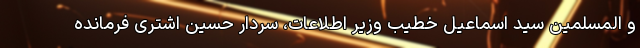
و المسلمین سید اسماعیل خطیب وزیر اطلاعات، سردار حسین اشتری فرمانده